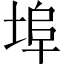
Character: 埠